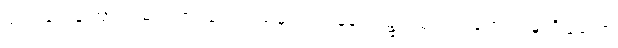
ပျက်ခြင်းကြောင့်။ မရဏာ၊ သေသည်မှ။ ပရံ၊ နောက်၌။ သုဂတိံ၊ ကောင်းမှုကိုပြုသော